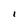
Character: l